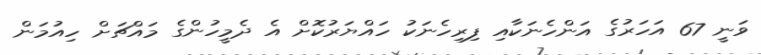
ވަނީ 67 އަހަރުގެ އަންހެނަކާއި ފިރިހެނަކު ހައްޔަރުކޮށް އެ ދެމީހުންގެ މައްޗަށް ހިއުމަން